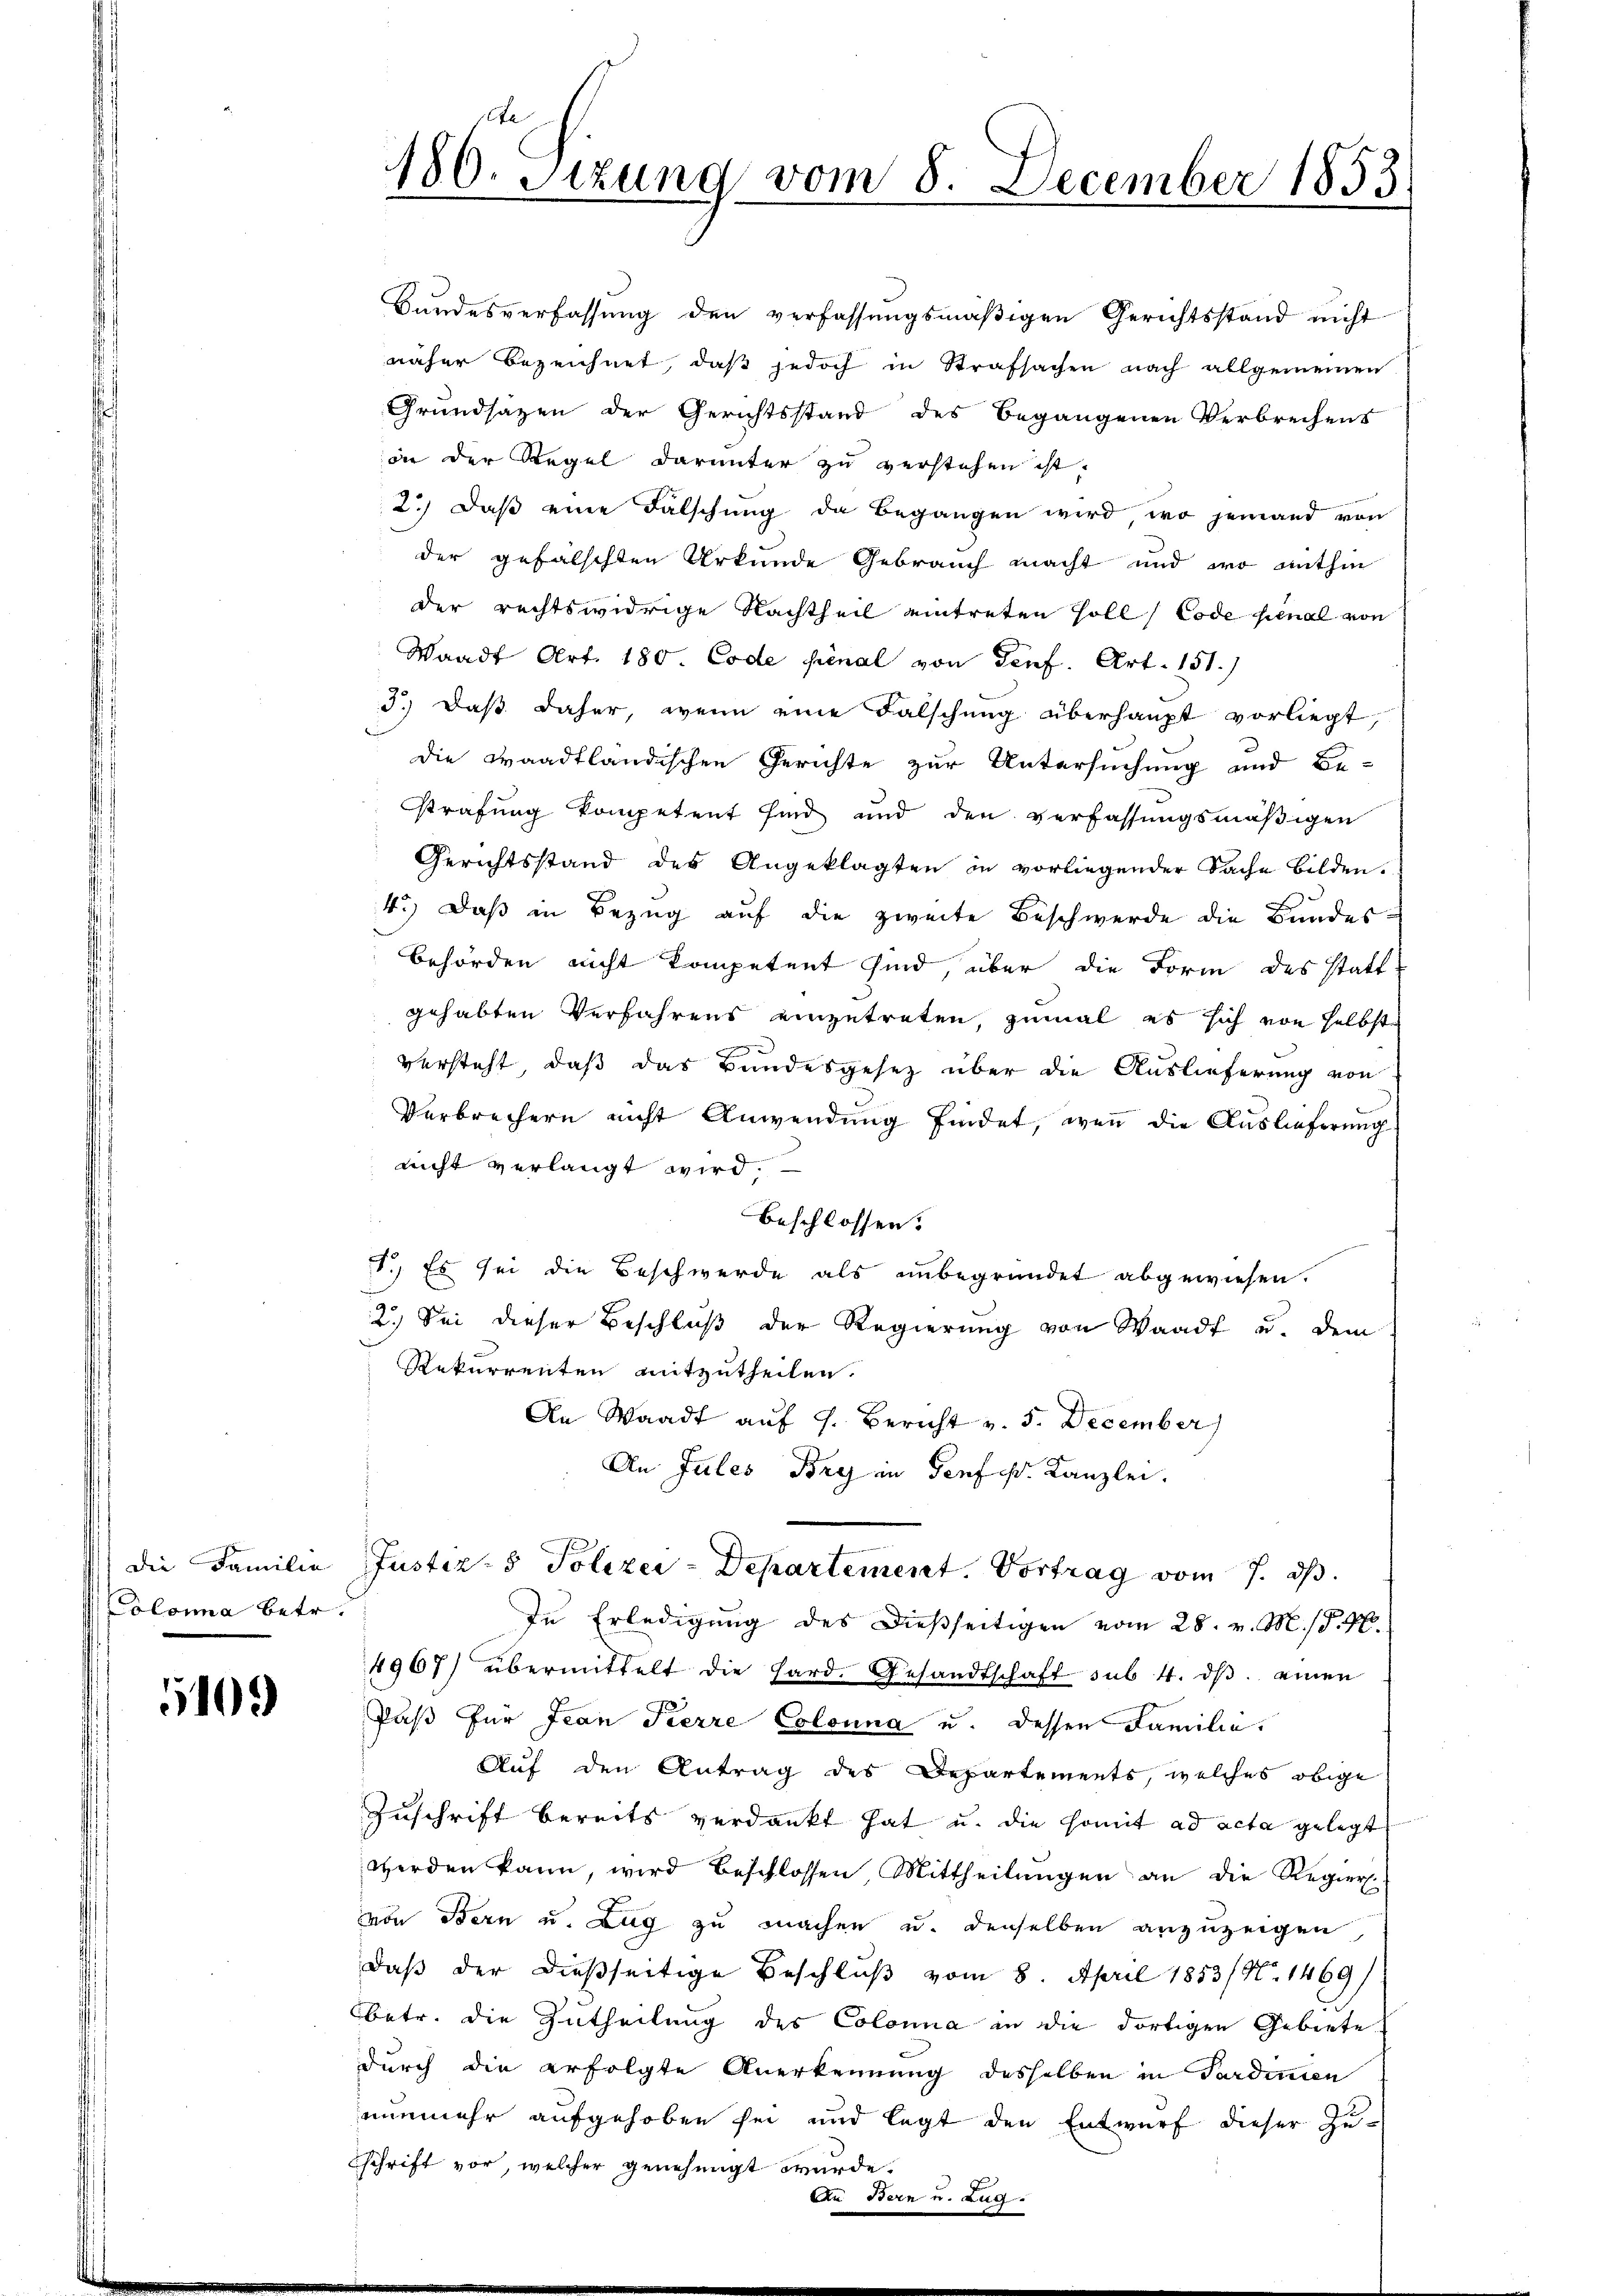
Colonia betr.

10

Bundesverfassung den verfassungsmäßigen Gerichtsstand nicht
näher bezeichnet, daß jedoch in Strafsachen nach allgemeinen
Grundsätzen der Gerichtsstand des begangenen Verbrechens
in der Regel darunter zu verstehen ist.
2.) Daß eine Falschung da begangen wird, wo jemand von
der gefälschten Urkunde Gebrauch macht und wo mithin
der rechtswidrige Nachtheil eintreten soll, Code final von
Waadt Art. 180. Code pénal von Genf. Art. 151.)
3.) Daß daher, wenn eine Falschung überhaupt vorliegt,
die Waadtländischen Gerichte zur Untersuchung und Be-
strafung kompetent sind und den verfassungsmäßigen
Gerichtsstand des Angeklagten in vorliegender Sache bilden.
4.) Daß in Bezug auf die zweite Beschwerde die Bundes¬
Behörden nicht kompetent sind, über die Form des stattgehabten Verfahrens einzutreten, zumal es sich von selbst
versteht, daß das Bundesgesez über die Auslieferung von
Verbrechern nicht Anwendung findet, wenn die Auslieferung
nicht verlangt wird.
Beschlossen:
1.) Es sei die Beschwerde als unbegründet abgewiesen.
2.) Sei dieser Beschluß der Regierung von Waadt u. dem
Rekurrenten mitzutheilen.
An Waadt auf 1. Bericht v. 5. December
An Jules Bry in Genf s. Kanzlei.
die Familie Justiz- & Polizei-Departement. Vortrag vom 7. ds.
In Erledigŭng des dießseitigen vom 28. v. M. d. M.
4967) übermittelt die Hard. Gesandtschaft sub. 4. dβ. einen
Faß für Jean Pierre Colonna u. dessen Familie.
Auf den Antrag des Departements, welches obige
Zuschrift bereits verdankt hat u. die somit ad acta gelegt
werden kann, wird beschlossen, Mittheilungen an die Regier
von Bern u. Zug zu machen u. denselben anzuzeigen
daβ der dießseitige Beschlŭβ vom 8. April 1853/ N. 1469)
Obetr. die Zutheilung des Colonna in die dortigen Gebiete
durch die erfolgte Anerkennung desselben in Pardimen
nunmehr aufgehoben sei und legt den Entwurf dieser Zuschrift vor, welcher genehmigt wurde.
Au Bern u. Zug

180. Sizung vom 8. December 1853